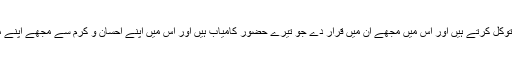
آج کے دن مجھے ان لوگوں میں قرار دے جو تجھ پر توکل کرتے ہیں اور اس میں مجھے ان میں قرار دے جو تیرے حضور کامیاب ہیں اور اس میں اپنے احسان و کرم سے مجھے اپنے مقرب بندوں میں قرار دے اے طلبگاروں کے مقصود!